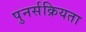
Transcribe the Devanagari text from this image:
पुनर्सक्रियता